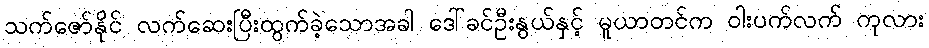
သက်ဇော်နိုင် လက်ဆေးပြီးထွက်ခဲ့သောအခါ ဒေါ်ခင်ဦးနွယ်နှင့် မူယာတင်က ဝါးပက်လက် ကုလား